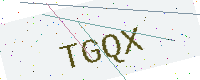
Text: TGQX